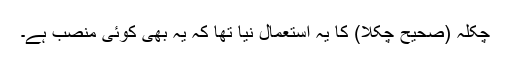
چکلہ (صحیح چکلا) کا یہ استعمال نیا تھا کہ یہ بھی کوئی منصب ہے۔